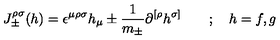
{ J } _ { \pm } ^ { \rho \sigma } ( h ) = \epsilon ^ { \mu \rho \sigma } h _ { \mu } \pm \frac { 1 } { m _ { \pm } } \partial ^ { [ \rho } h ^ { \sigma ] } \quad \quad ; \quad h = f , g